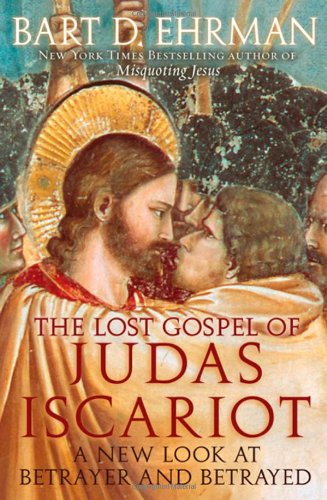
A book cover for The Lost Gospel of Judas Iscariot: A New Look at Betrayer and Betrayed; Bart D. Ehrman; Christian Books & Bibles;